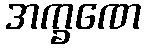
အက္ခဏေ